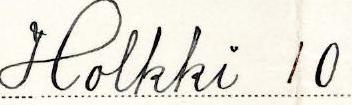
Holkki 10